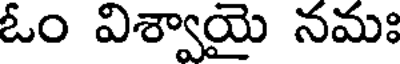
ఓం విశ్వాయై నమః